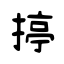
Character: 揨